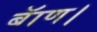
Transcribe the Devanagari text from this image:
बॅाण।